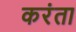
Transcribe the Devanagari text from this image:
करंता